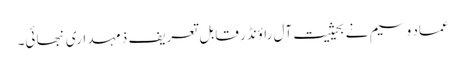
عماد وسیم نے بحیثیت آل راؤنڈر قابلِ تعریف ذمہداری نبھائی۔